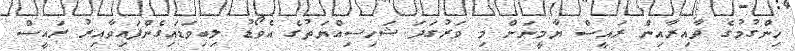
ހިންގުމުގެ ދާއިރާއިން ރައީސް ޔާމީނަށް މި ވަރުގަދަ ޝަހިސިއްޔަތުގެ އެވޯޑު ލިބިވަޑައިގެންފައިވާއިރު ރައީސް